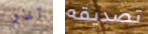
آخر تصديقه